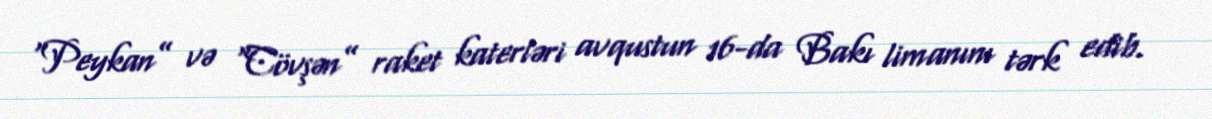
“Peykan” və “Cövşən” raket katerləri avqustun 16-da Bakı limanını tərk edib.